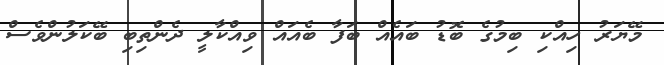
މޭޔަރު ހިއްކި ބިމުގެ ބޮޑު ބައެއް ބަފާ ބެއައް ވިއްކާލީ ދެންތިބި ބޭކަލުންވެސް